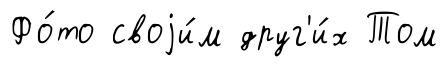
Фо́то своjи́м друг'и́х Том